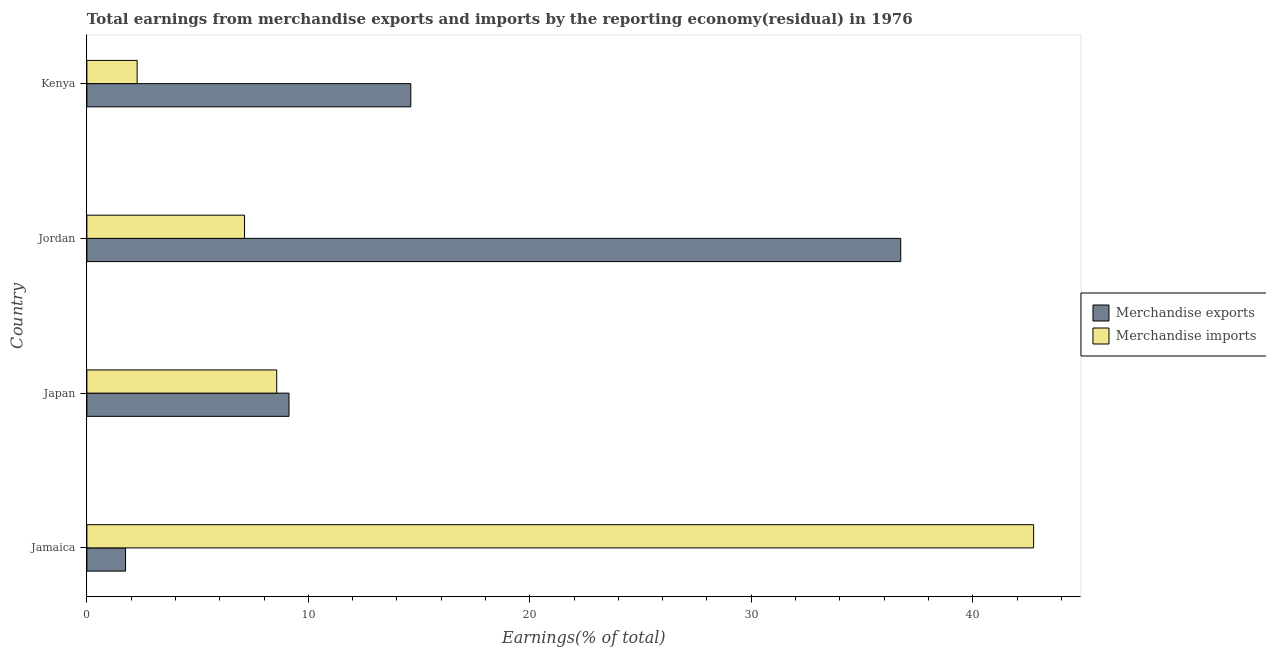
| Country | Merchandise exports | Merchandise imports |
 | --- | --- | --- |
 | Jamaica | 1.75 | 42.7 |
 | Japan | 9.13 | 8.57 |
 | Jordan | 36.7 | 7.12 |
 | Kenya | 14.6 | 2.27 |